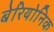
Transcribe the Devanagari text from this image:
बेरियोनिक